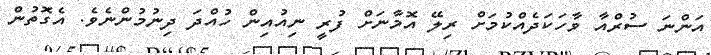
އަންނަ ސުރްއާ ވާހަކަދެއްކުމަށް ރިލޭ އޮމާނަށް ފުރީ ނިއުއިން ހުއްދަ ދިނުމުންނެވެ. އެގޮތުން